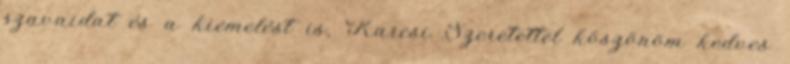
szavaidat és a kiemelést is, Karcsi Szeretettel köszönöm kedves